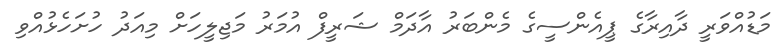
މަޑުއްވަރީ ދާއިރާގެ ޕީއެންސީގެ މެންބަރު އާދަމް ޝަރީފް އުމަރު މަޖިލީހަށް މިއަދު ހުށަހެޅުއްވި